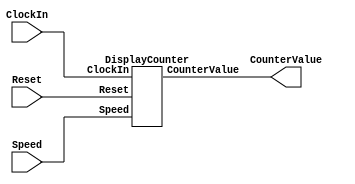
module part2(ClockIn, Reset, Speed, CounterValue);
    input ClockIn, Reset;
    input [1:0] Speed;
    output [3:0] CounterValue;
    
    DisplayCounter dc0(
        .ClockIn(ClockIn),
        .Reset(Reset),
        .Speed(Speed),
        .CounterValue(CounterValue)
    );
endmodule

module DisplayCounter(ClockIn, Reset, Speed, CounterValue);
    input ClockIn, Reset;
    input [1:0] Speed;
    output reg [3:0] CounterValue;
    
    wire Enable;
    
    RateDivider r0(
        .ClockIn(ClockIn),
        .Reset(Reset),
        .Speed(Speed),
        .out(Enable)
    );
    
    always @(posedge ClockIn)
    begin
        if (Reset == 1'b1)
            CounterValue <= 4'b0000;
        else if (Enable == 1'b1)
            CounterValue <= CounterValue + 1;
    end
    
endmodule

module RateDivider(ClockIn, Reset, Speed, out);
    input ClockIn, Reset;
    input [1:0] Speed;
    output out;
    
    reg [10:0] q = 11'b00000000000;
    wire [10:0] d;
    
    mux4to1 m0(
        .a(11'b00000000000),
        .b(11'b00111110011),
        .c(11'b01111100111),
        .d(11'b11111001111),
        .s(Speed),
        .m(d)
    );
    
    assign out = (q == 11'b00000000000) ? 1'b1 : 1'b0;
    
    always @(posedge ClockIn)
    begin
        if (Reset == 1'b1)
            q <= d;
        else if (q == 11'b00000000000)
            q <= d;
        else
            q <= q - 1;
    end

endmodule

module mux4to1(a, b, c, d, s, m);
    input [10:0] a, b, c, d;
    input [1:0] s;
    output reg [10:0] m;
    
    always @(*)
    begin
        case(s)
            2'b00: m = a;
            2'b01: m = b;
            2'b10: m = c;
            2'b11: m = d;
            default: m = 11'b00000000000;
        endcase
    end
    
endmodule